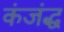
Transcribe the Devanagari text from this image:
कंजंद्ध